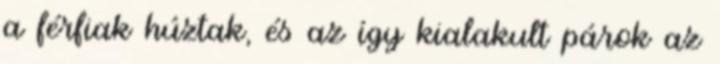
a férfiak húztak, és az így kialakult párok az